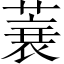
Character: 蓑